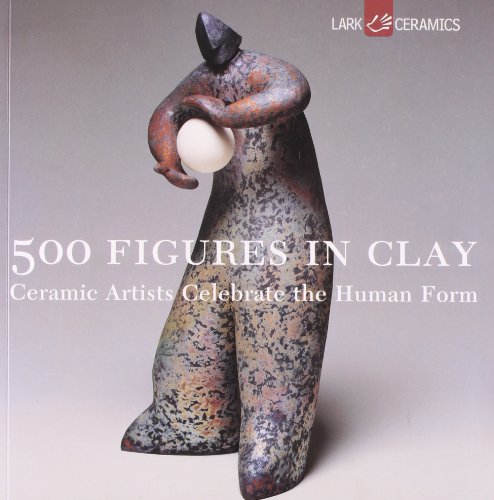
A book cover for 500 Figures in Clay: Ceramic Artists Celebrate the Human Form (500 Series); Crafts, Hobbies & Home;